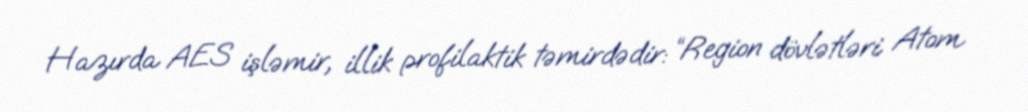
Hazırda AES işləmir, illik profilaktik təmirdədir: “Region dövlətləri Atom